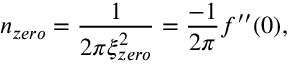
n _ { z e r o } = \frac { 1 } { 2 \pi \xi _ { z e r o } ^ { 2 } } = \frac { - 1 } { 2 \pi } f ^ { \prime \prime } ( 0 ) ,